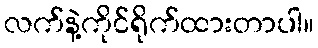
လက်နဲ့ကိုင်ရိုက်ထားတာပါ။